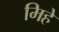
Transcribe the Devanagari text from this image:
मिहे